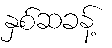
နှစ်ဆခန့်